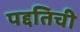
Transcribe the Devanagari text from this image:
पद्दतिची